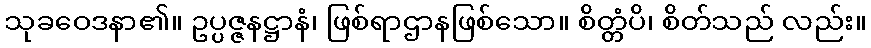
သုခဝေဒနာ၏။ ဥပ္ပဇ္ဇနဋ္ဌာနံ၊ ဖြစ်ရာဌာနဖြစ်သော။ စိတ္တံပိ၊ စိတ်သည် လည်း။